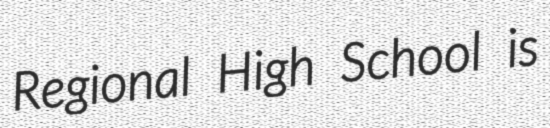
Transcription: Regional High School is